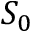
S _ { 0 }